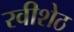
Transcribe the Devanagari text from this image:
रवीशेठ